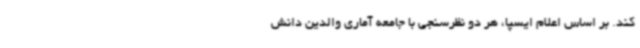
کند. بر اساس اعلام ایسپا، هر دو نظرسنجی با جامعه آماری والدین دانش